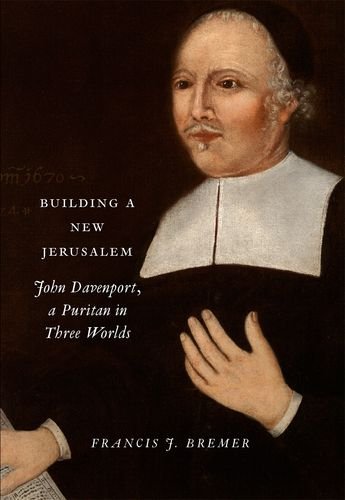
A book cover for Building a New Jerusalem: John Davenport, a Puritan in Three Worlds; Francis J. Bremer; History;